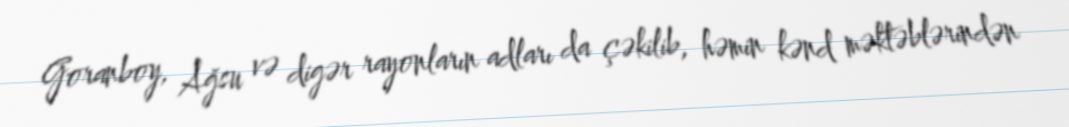
Goranboy, Ağsu və digər rayonların adları da çəkilib, həmin kənd məktəblərindən